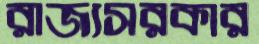
রাজ্যসরকার